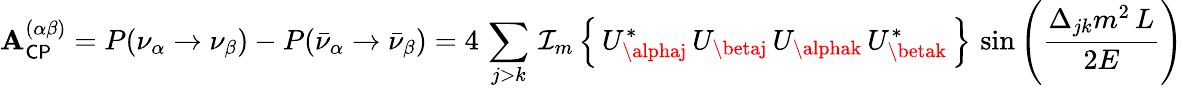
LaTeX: \mathbf{A}_{\mathsf{{CP}}}^{(\alpha\beta)}=P(\nu_{\alpha}\rightarrow\nu_{\beta})-P({\bar{{\nu}}}_{\alpha}\rightarrow{\bar{{\nu}}}_{\beta})=4\, \sum_{j>k}\, \operatorname{\mathcal{{I_{m}}}}\left\{ \, U_{\alphaj}^{*}\, U_{\betaj}\, U_{\alphak}\, U_{\betak}^{*}\, \right\} \, \sin\left({\frac{{\Delta_{jk}m^{2}\, L}}{{2E}}}\right)